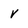
Character: V